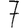
Digit: 7